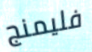
فليمنج